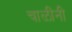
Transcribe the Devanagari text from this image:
चाळींनी